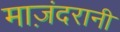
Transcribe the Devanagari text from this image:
माज़ंदरानी